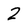
Character: 2